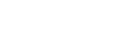
ပိုကောင်းတယ်